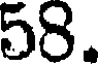
58.